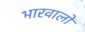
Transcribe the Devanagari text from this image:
भारवालों